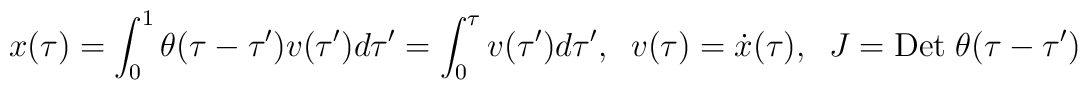
x(\tau)=\int_{0}^1\theta(\tau-\tau^{\prime})v (\tau^{\prime})d\tau^{\prime}= \int_{0}^{\tau}v(\tau^{\prime})d\tau^{\prime} ,\;\; v(\tau)= {\dot x}(\tau),\;\; J= {\rm Det}\; \theta(\tau-\tau^{\prime})